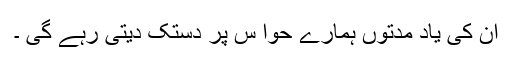
ان کی یاد مدتوں ہمارے حوا س پر دستک دیتی رہے گی ۔